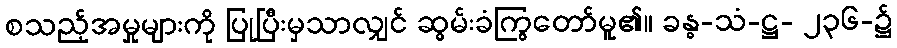
စသည့်အမှုများကို ပြုပြီးမှသာလျှင် ဆွမ်းခံကြွတော်မူ၏။ ခန္ဓ-သံ-ဋ္ဌ- ၂၃၆-၌